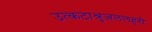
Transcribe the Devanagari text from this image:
उत्कटाश्रुजललहरी